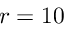
r = 1 0